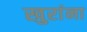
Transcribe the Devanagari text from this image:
खुरांना